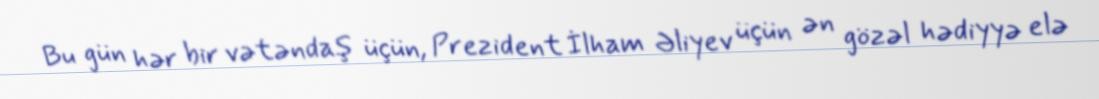
Bu gün hər bir vətəndaş üçün, Prezident İlham Əliyev üçün ən gözəl hədiyyə elə